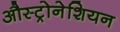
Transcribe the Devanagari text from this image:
औस्ट्रोनेशियन